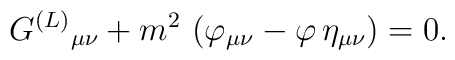
G^{(L)}{}_{\mu \nu } +m^{2}\,\left( \varphi _{\mu \nu }-\varphi \,\eta _{\mu\nu }\right) =0.